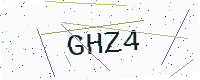
Text: GHZ4